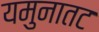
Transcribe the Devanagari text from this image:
यमुनातट